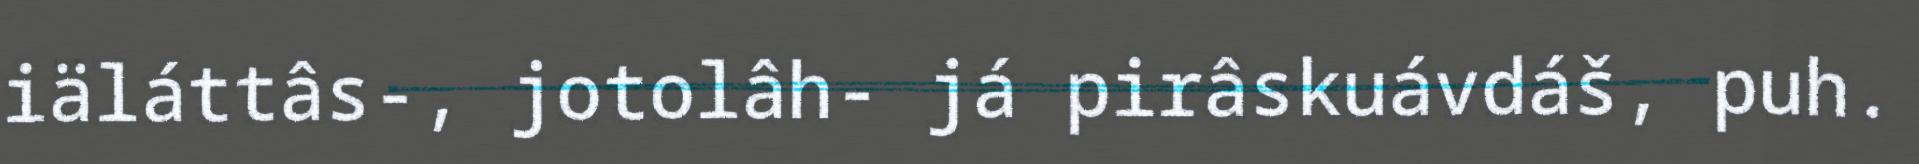
iäláttâs-, jotolâh- já pirâskuávdáš, puh.